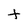
Character: t